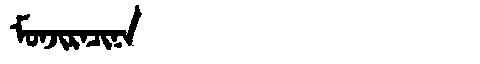
Manchu: ᠮᠣᠨᠵᡳᡵᠠᠴᡳᠨᠠ
Romanization: MONJIRACINA